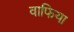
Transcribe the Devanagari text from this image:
वाफिया